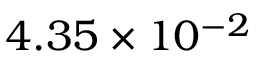
4 . 3 5 \times 1 0 ^ { - 2 }